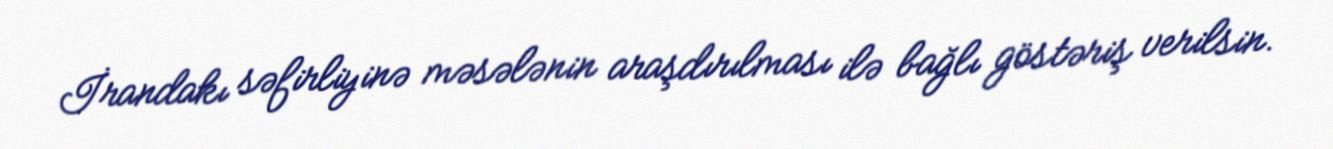
İrandakı səfirliyinə məsələnin araşdırılması ilə bağlı göstəriş verilsin.